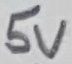
Text: 5V